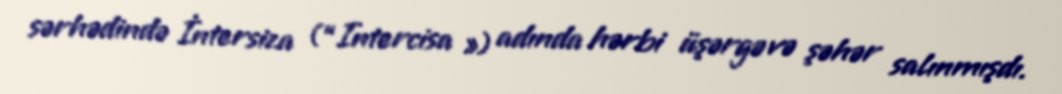
sərhədində İntersiza (“Intercisa ») adında hərbi üşərgə və şəhər salınmışdı.